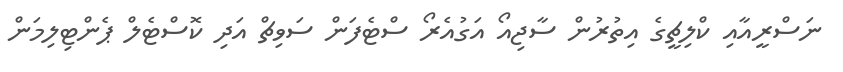
ނަސްރީއާއި ކްލިޗީގެ އިތުރުން ސާޖިއޯ އަގުއެރޯ ސްޓެފަން ސަވިޗް އަދި ކޮސްޓެލް ޕެންޓިލިމަން